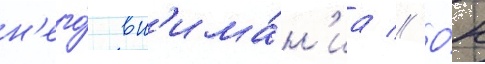
н'его́ вн'има́н'иа // О́н